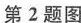
第二题图